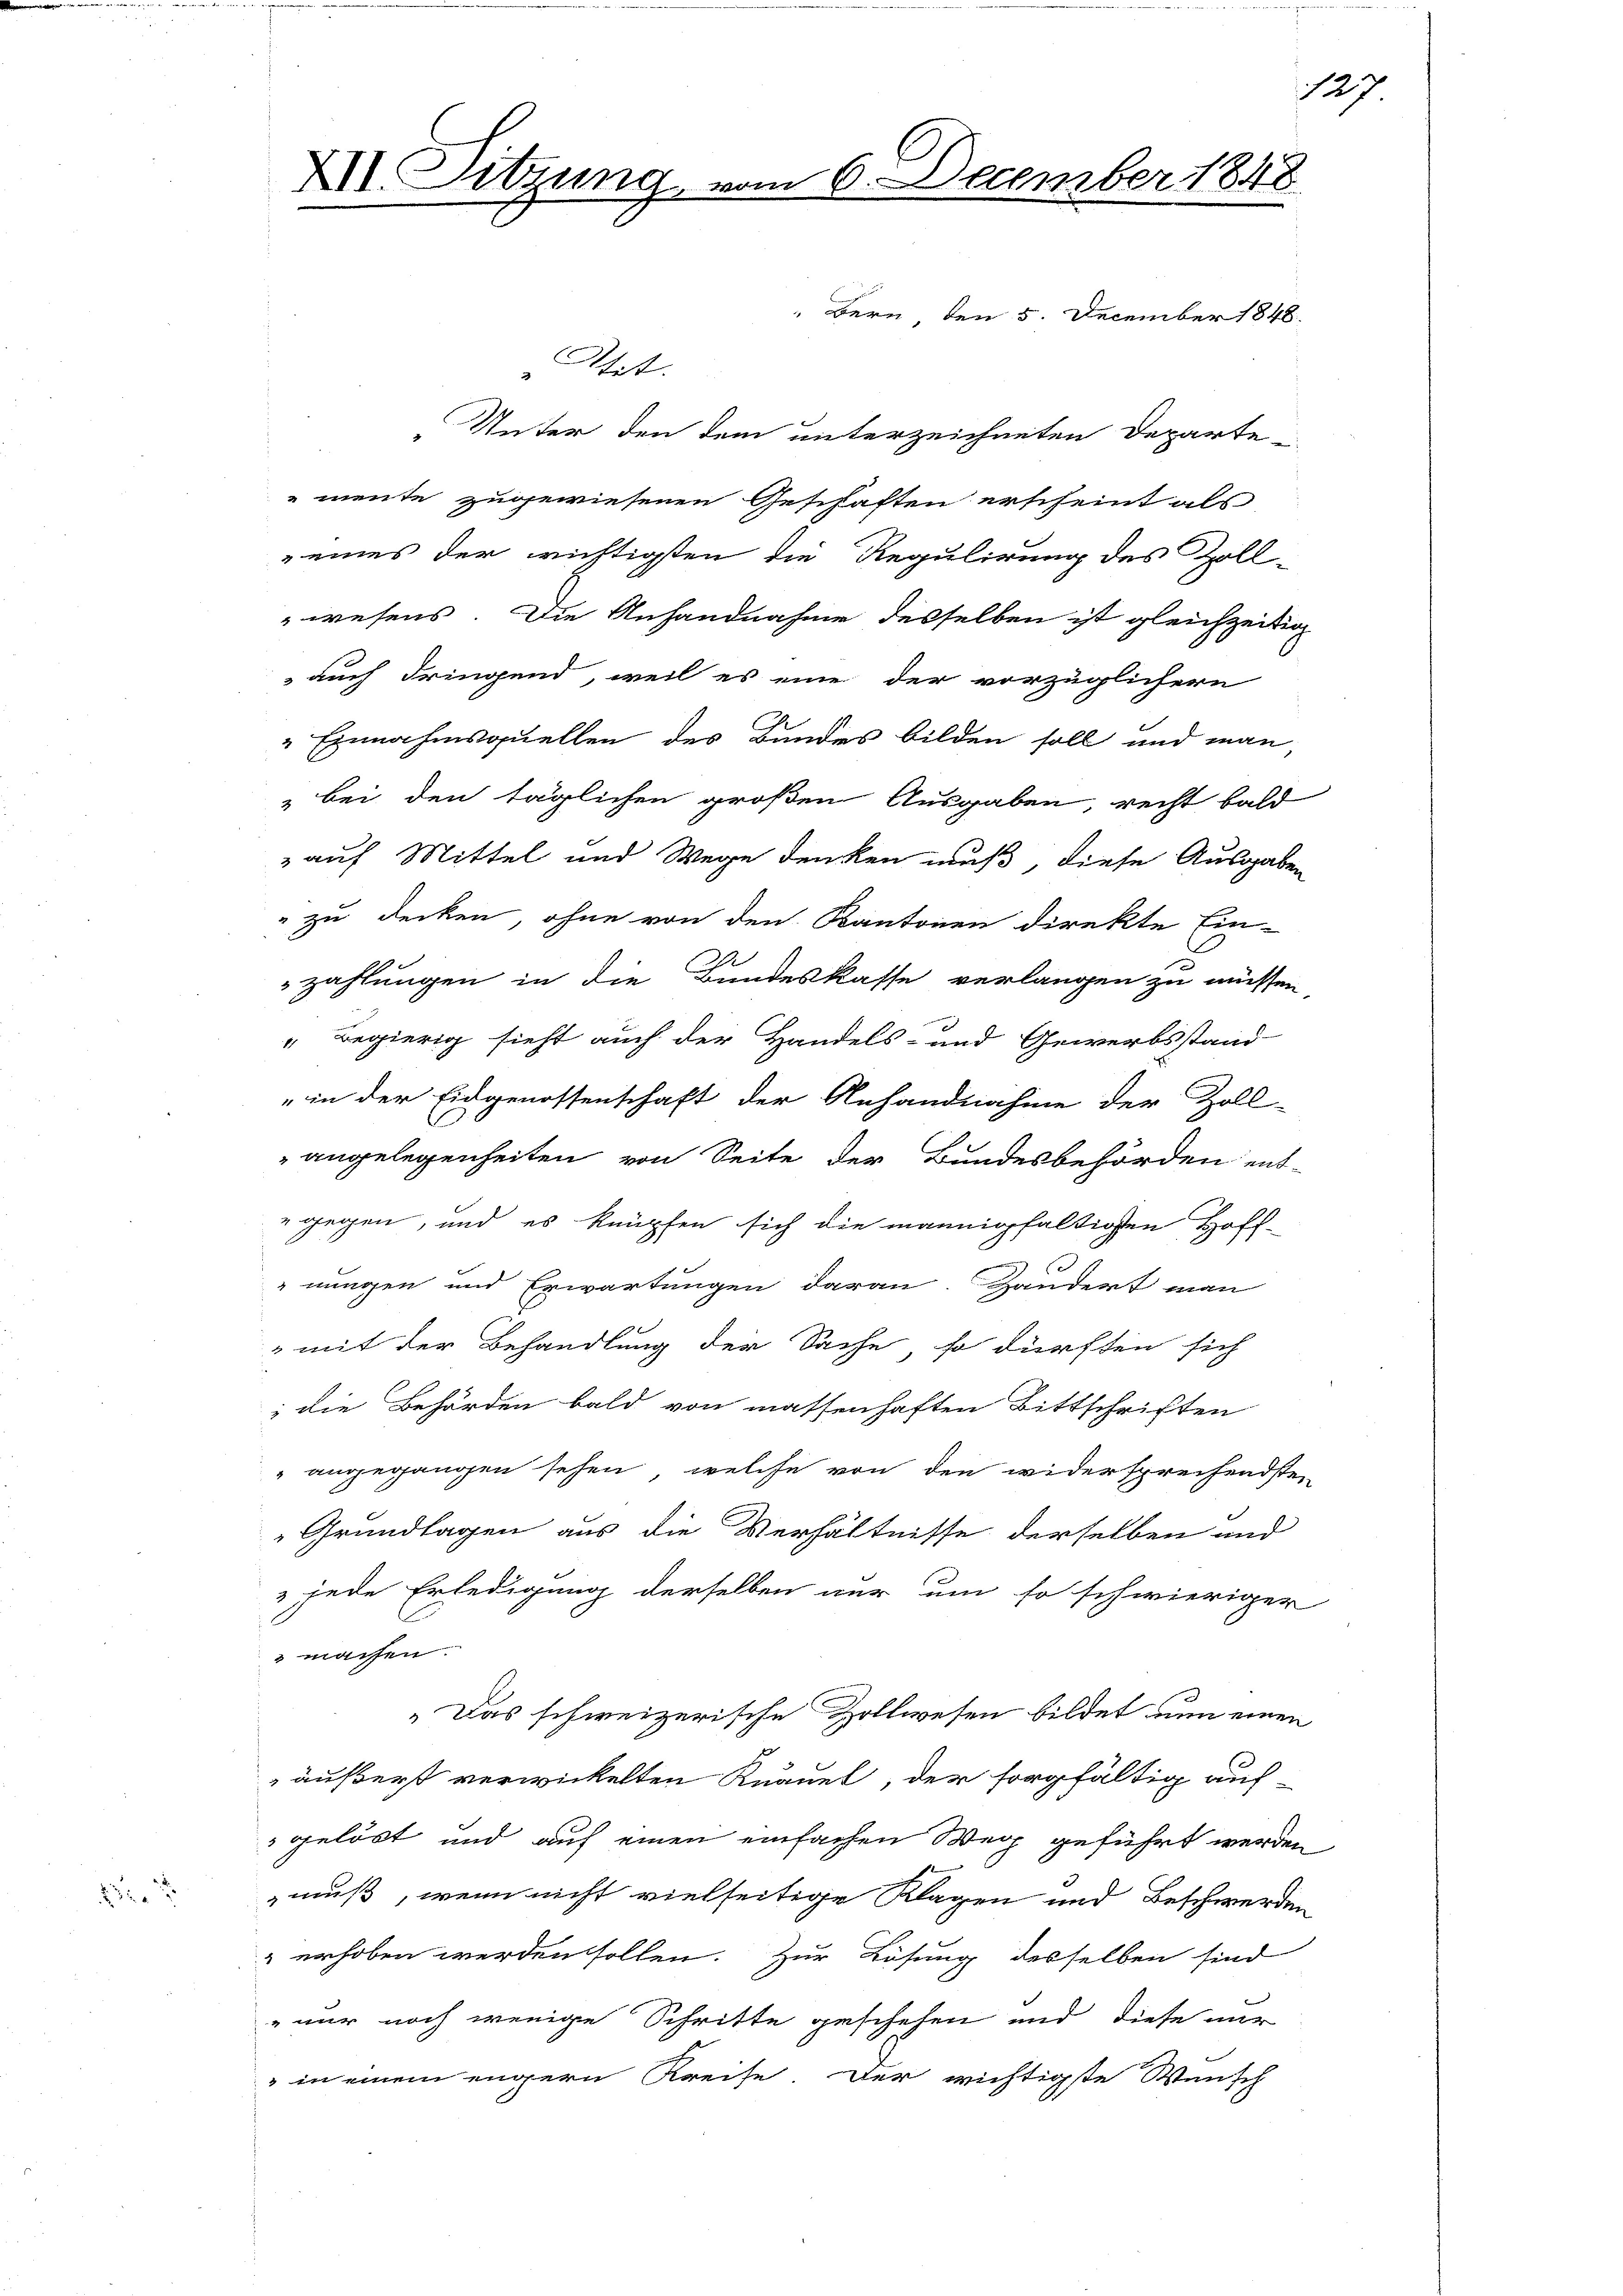
8

XII. Sitzung

n 6. December 1848

Bern, den 5. December 1848.
Atit.
Unter den dem unterzeichneten Departe
mente zugewiesenen Geschäften erscheint als
eines der richtigsten die Regulirung des Zoll-
wesens. Die Anhandnahme desselben ist gleichzeitig
auch dringend, weil es eine der vorzüglichern
" Einnahmsquellen des Bundes bilden soll und man,
" bei den täglichen großen Ausgaben, recht bald
3 auf Mittel und Wege denken muß, diese Ausgaben
" zu decken, ohne von den Kantonen direkte Ein-
zahlungen in die Bundeskasse verlangen zu müssen
" Begierig sieht auch der Handels- und Gewerbsstand-
" in der Eidgenossenschaft der Anhandnahme der Zoll-
angelegenheiten von Seite der Bundesbehörden ent
" gegen, und es knüpfen sich die mannigfaltigen Hoffnungen und Erwartungen daran. Handert man
 mit der Behandlung der Sache, so dürften sich
; die Behörden bald von massenhaften Bittschriften
" angegangen sehen, welche von den widersprechendsten
Grundlagen aus die Verhältnisse derselben und
 jede Erledigung derselben nur um so schwieriger
machen.
„Das schweizerische Zollwesen bildet nun einen
äußerst verwickelten Knanet, der sorgfältig auf
gelöst und auf einen einfachen Weg geführt werden
muß, wenn nicht vielseitige Klagen und Beschwerden
" erhoben werden sollen. Zur Lösung desselben sind
nur noch wenige Schritte geschehen und diese nur
" in einem engern Kreise der wichtigste Wunsch

129